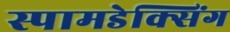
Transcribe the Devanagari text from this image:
स्पामडेक्सिंग